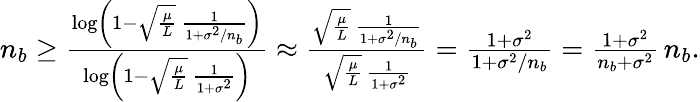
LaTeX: \begin{array}{r}{n_{b}\geq\frac{\log\left(1-\sqrt\frac\mu L\, \frac 1{1+\sigma^{2}/n_{b}}\right)}{\log\left(1-\sqrt\frac\mu L\, \frac 1{1+\sigma^{2}}\right)}\approx\frac{\sqrt\frac\mu L\, \frac{1}{1+\sigma^{2}/n_{b}}}{\sqrt\frac\mu L\, \frac{1}{1+\sigma^{2}}}=\frac{1+\sigma^{2}}{1+\sigma^{2}/n_{b}}=\frac{1+\sigma^{2}}{n_{b}+\sigma^{2}}\, n_{b}.}\end{array}